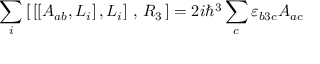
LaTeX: \sum _ { i } \left[ \, \left[ \left[ A _ { a b } , L _ { i } \right] , L _ { i } \right] \, , \, R _ { 3 } \, \right] = 2 i \hbar ^ { 3 } \sum _ { c } \varepsilon _ { b 3 c } A _ { a c }